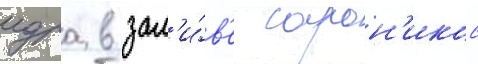
идра в зал'и́в'е сарон'икос